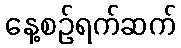
နေ့စဉ်ရက်ဆက်